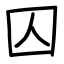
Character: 囚